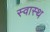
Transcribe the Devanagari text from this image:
स्‍वास्‍थ